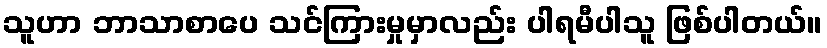
သူဟာ ဘာသာစာပေ သင်ကြားမှုမှာလည်း ပါရမီပါသူ ဖြစ်ပါတယ်။